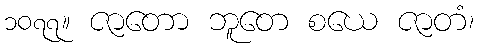
၁၀၇၇။ ဇာတော ဘူတေ စယေ ဇာတံ၊